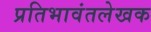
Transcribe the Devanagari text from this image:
प्रतिभावंतलेखक